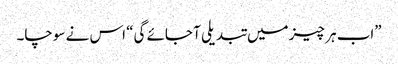
”اب ہر چیز میں تبدیلی آ جائے گی“ اس نے سوچا۔